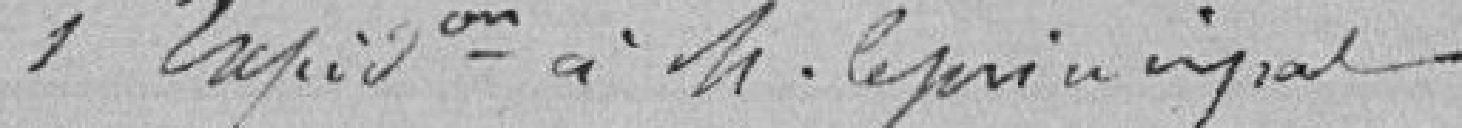
Expédition à M. le principal